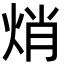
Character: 焇